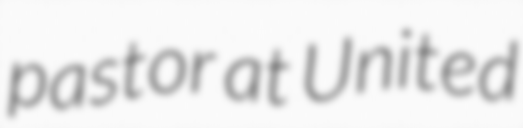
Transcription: pastor at United